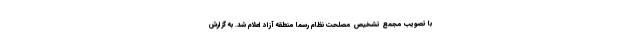
با تصویب مجمع تشخیص مصلحت نظام رسما منطقه آزاد اعلام شد. به گزارش